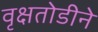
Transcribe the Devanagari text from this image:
वृक्षतोडीने